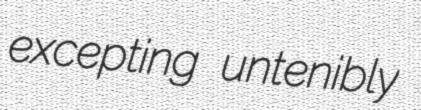
excepting untenibly